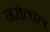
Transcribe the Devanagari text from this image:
नरोत्पल